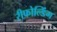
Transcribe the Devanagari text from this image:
रीफोल्डिंग